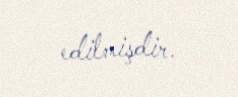
edilmişdir.